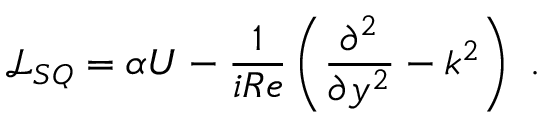
\mathcal { L } _ { S Q } = \alpha U - \frac { 1 } { i R e } \left( \frac { \partial ^ { 2 } } { \partial y ^ { 2 } } - k ^ { 2 } \right) \mathrm { ~ . ~ }